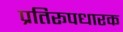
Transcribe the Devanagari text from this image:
प्रतिरूपधारक